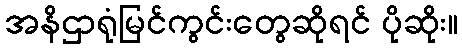
အနိဌာရုံမြင်ကွင်းတွေဆိုရင် ပိုဆိုး။